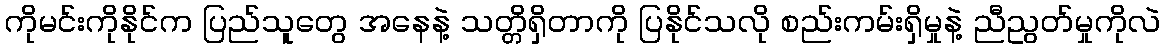
ကိုမင်းကိုနိုင်က ပြည်သူတွေ အနေနဲ့ သတ္တိရှိတာကို ပြနိုင်သလို စည်းကမ်းရှိမှုနဲ့ ညီညွတ်မှုကိုလဲ